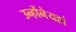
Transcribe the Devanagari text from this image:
उन्होंनेयहां